Report of the Municipal Commissioner on the plague in Bombay for the year ending 31st May... - Volume 1
Disease focus: Plague
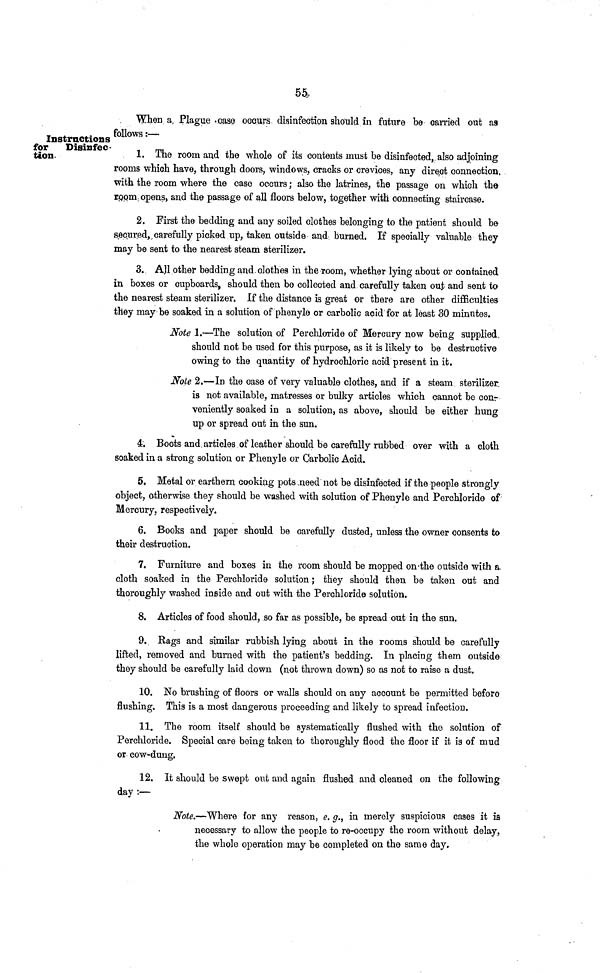
55
Instructions
for Disinfec-
tion
When a Plague case occurs disinfection should in future be carried out as
follows :—
1. The room and the whole of its contents must be disinfected, also adjoining
rooms which have, through doors, windows, cracks or crevices, any direct connection
with the room where the case occurs ; also the latrines, the passage on which the
room opens, and the passage of all floors below, together with connecting staircase.
2. First the bedding and any soiled clothes belonging to the patient should be
secured, carefully picked up, taken outside and burned. If specially valuable they
may be sent to the nearest steam sterilizer.
3. All other bedding and clothes in the room, whether lying about or contained
in boxes or cupboards, should then be collected and carefully taken out and sent to
the nearest steam sterilizer. If the distance is great or there are other difficulties
they may be soaked in a solution of phenyle or carbolic acid for at least 30 minutes.
Note 1.—The solution of Perchloride of Mercury now being supplied
should not be used for this purpose, as it is likely to be destructive
owing to the quantity of hydrochloric acid present in it.
Note 2.—In the case of very valuable clothes, and if a steam sterilizer
is not available, matresses or bulky articles which cannot be con-
veniently soaked in a solution, as above, should be either hung
up or spread out in the sun.
4. Boots and articles of leather should be carefully rubbed over with a cloth
soaked in a strong solution or Phenyle or Carbolic Acid.
5. Metal or earthern cooking pots need not be disinfected if the people strongly
object, otherwise they should be washed with solution of Phenyle and Perehloride of
Mercury, respectively.
6. Books and paper should be carefully dusted, unless the owner consents to
their destruction.
7. Furniture and boxes in the room should be mopped on the outside with a
cloth soaked in the Perchloride solution ; they should then be taken out and
thoroughly washed inside and out with the Perchloride solution.
8. Articles of food should, so far as possible, be spread out in the sun.
9. Rags and similar rubbish lying about in the rooms should be carefully
lifted, removed and burned with the patient's bedding. In placing them outside
they should be carefully laid down (not thrown down) so as not to raise a dust.
10. No brushing of floors or walls should on any account be permitted before
flushing. This is a most dangerous proceeding and likely to spread infection.
11. The room itself should be systematically flushed with the solution of
Perchloride. Special care being taken to thoroughly flood the floor if it is of mud
or cow-dung.
12. It should be swept out and again flushed and cleaned on the following
day :—
Note.—Where for any reason, e. g., in merely suspicious cases it is
necessary to allow the people to re-occupy the room without delay,
the whole operation may be completed on the same day.